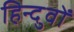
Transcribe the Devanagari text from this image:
हिन्दुवों